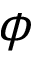
\phi